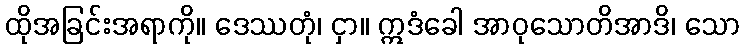
ထိုအခြင်းအရာကို။ ဒေဿတုံ၊ ငှာ။ ဣဒံခေါ အာဝုသောတိအာဒိ၊ သော